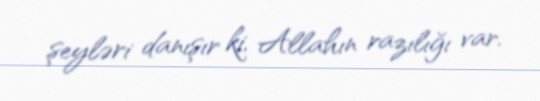
şeyləri danışır ki, Allahın razılığı var.